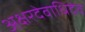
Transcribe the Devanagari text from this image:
अक्षरदेवाधिदेव